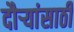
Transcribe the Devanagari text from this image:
दौर्‍यांसाठी